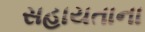
સહાયતાના